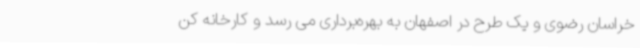
خراسان رضوی و یک طرح در اصفهان به بهره‌برداری می رسد و کارخانه کن